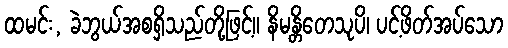
ထမင်း, ခဲဘွယ်အစရှိသည်တို့ဖြင့်။ နိမန္တိတေသုပိ၊ ပင့်ဖိတ်အပ်သော